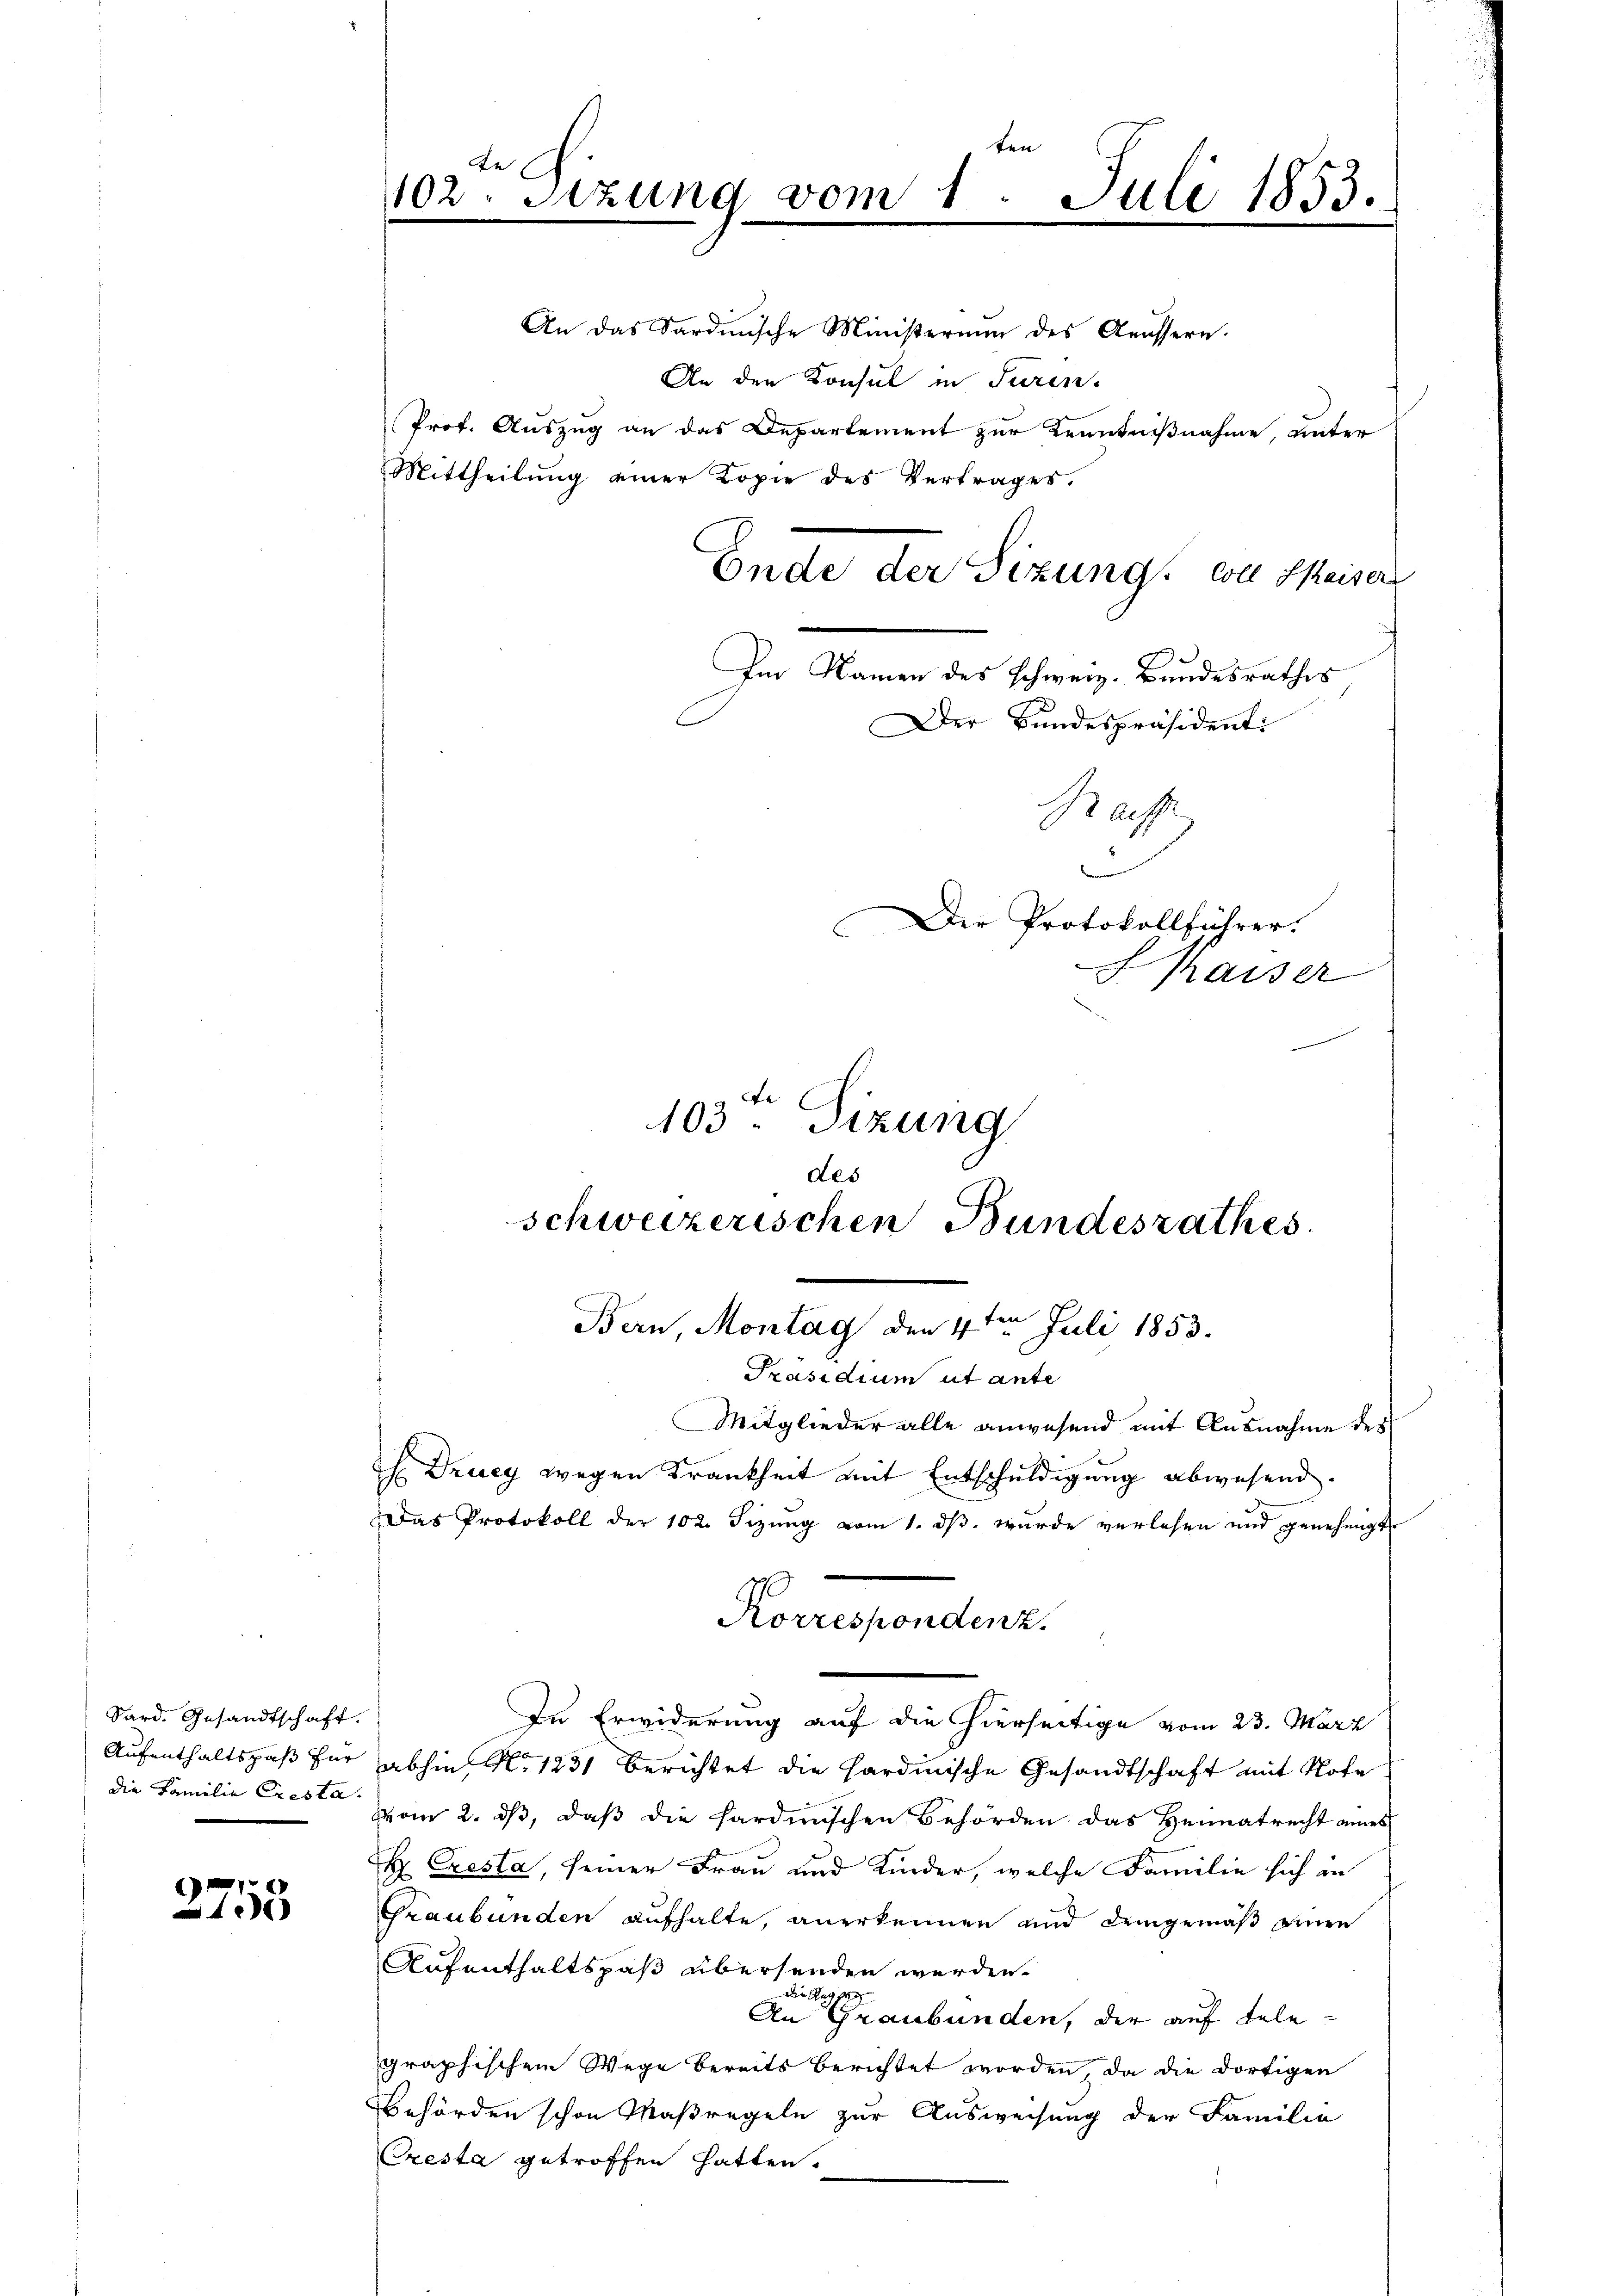
Sard. Gesandtschaft.
Aufenthaltspaß für
die Familie Cresta

3755

ten
de
102. Sizung vom 1. Juli 1853.

An das Sardinische Ministerium des Aeussern.
An den Konsul in Turin
Prof. Auszug an das Departement zur Kenntnißnahme, unter
Mittheilung einer Kopie des Vertrages.

Der Bundespräsidenti
Baff
Der Protokollführer.
Kaiser

103ten Sizung

Ende der Sizung coll Saiser
Im Namen des Schweiz. Bundesrathes

des
schweizerischen Bundesrathes.
Bern, Montag den 4te͇n Juli 1853.
Präsidium ut ante

Mitglieder alle anwesend mit Ausnahme des
H. Druey wegen Krankheit mit Entschuldigung abwesend.
Das Protokoll der 102. Tizung vom 1. ds. wurde verlesen und genehmigt
abhin No 1231 berichtet die Hardinische Gesandtschaft mit Note
vom 2. ds, daß die sardinischen Behörden das Heimatrecht eines
 Cresta, seiner Frau und Kinder, welche Familie sich in
Graubünden aufhalte, anerkennen und demgemäß einen
Aufenthaltspaß übersenden werden.
Die Regier
An Graubünden, der auf telegraphischem Wege bereits berichtet worden, da die dortigen
Behörden schon Maßregeln zur Ausweisung der Familie
Cresta getroffen hatten.

Korrespondenz.
In Erwiderung auf die hierseitige vom 23. März